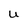
Character: U